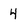
Character: 4